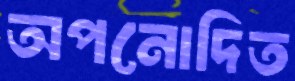
অপনোদিত